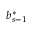
b _ { s - 1 } ^ { * }